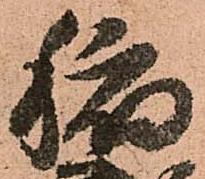
稲